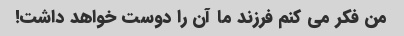
من فکر می کنم فرزند ما آن را دوست خواهد داشت!